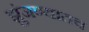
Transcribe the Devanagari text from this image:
झुंजण्यातच